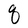
Character: q